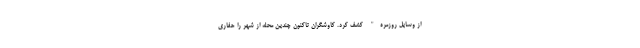
از وسایل روزمره" کشف کرد. کاوشگران تاکنون چندین محله از شهر را حفاری